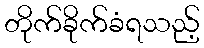
တိုက်ခိုက်ခံရသည့်